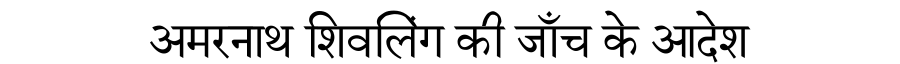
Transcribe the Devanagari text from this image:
अमरनाथ शिवलिंग की जाँच के आदेश